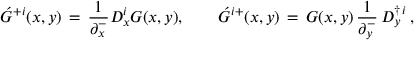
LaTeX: \acute { G } ^ { + i } ( x , y ) \, = \, { \frac { 1 } { \partial _ { x } ^ { - } } } { \cal D } _ { x } ^ { i } G ( x , y ) , \qquad \acute { G } ^ { i + } ( x , y ) \, = \, G ( x , y ) \, { \frac { 1 } { \partial _ { y } ^ { - } } } \, { \cal D } _ { y } ^ { \dagger \, i } \, ,